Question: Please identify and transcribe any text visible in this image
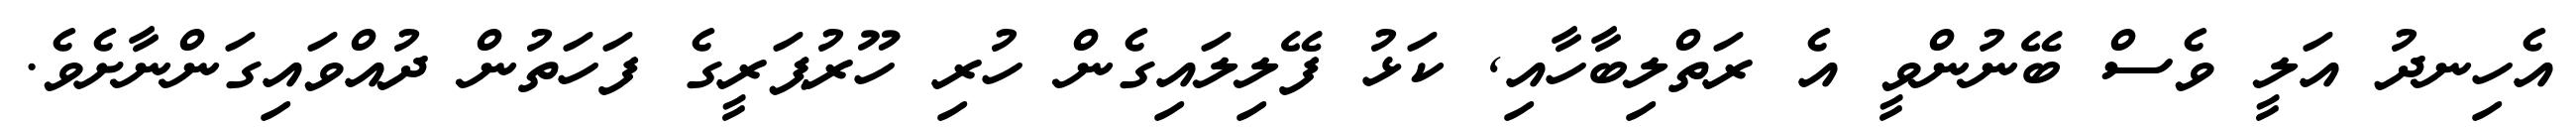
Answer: އެހިނދު އަލީ ވެސް ބޭނުންވީ އެ ރަތްލިބާހާއި, ކަޅު ފޭލިލައިގެން ހުރި ހޫރުޕަރީގެ ފަހަތުން ދުއްވައިގަންނާށެވެ.